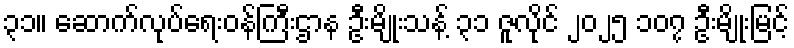
၃၁။ ဆောက်လုပ်ရေးဝန်ကြီးဌာန ဦးမျိုးသန့် ၃၁ ဇူလိုင် ၂၀၂၅ ၁၀၇ ဦးမျိုးမြင့်